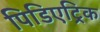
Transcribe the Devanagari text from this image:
पिडिएट्रिक